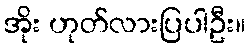
အိုး ဟုတ်လားပြပါဦး။